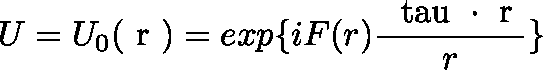
U = U _ { 0 } ( \mathrm { \boldmath ~ r ~ } ) = e x p \{ { i F ( r ) \frac { \mathrm { \boldmath ~ \ t a u ~ } \cdot \mathrm { \boldmath ~ r ~ } } { r } } \}